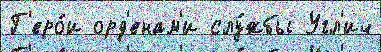
Г'еро́и орд'енам'и слу́жбы Угл'ич